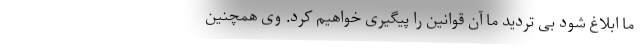
ما ابلاغ شود بی تردید ما آن قوانین را پیگیری خواهیم کرد. وی همچنین